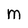
Character: M